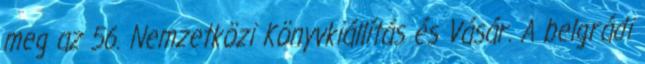
meg az 56. Nemzetközi Könyvkiállítás és Vásár. A belgrádi